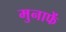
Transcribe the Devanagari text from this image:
मुनाफें